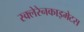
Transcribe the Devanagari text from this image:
स्क्लेरेनकाइमेटस